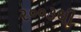
૨૦૦૩થી